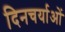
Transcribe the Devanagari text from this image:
दिनचर्याओं